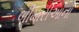
બીમારીઓનો